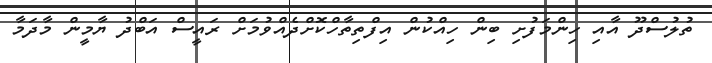
ތުލުސްދޫ އާއި ހިންމަފުށި ބިން ހިއްކުން އިފްތިތާހްކޮށްދެއްވުމަށް ރައީސް އަބްދު ޔާމީން މާދަމާ